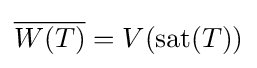
{\overline {W(T)}}=V(\mathrm {sat} (T))